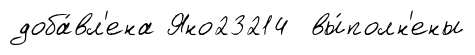
доба́вл'ена Яно23214 вы́полн'ены